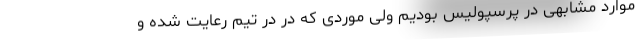
موارد مشابهی در پرسپولیس بودیم ولی موردی که در در تیم رعایت شده و